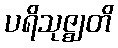
ပရိသုဇ္ဈတိ